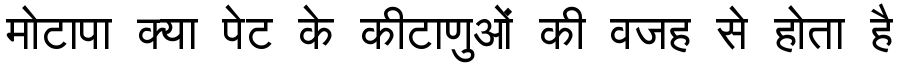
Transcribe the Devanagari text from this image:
मोटापा क्या पेट के कीटाणुओं की वजह से होता है